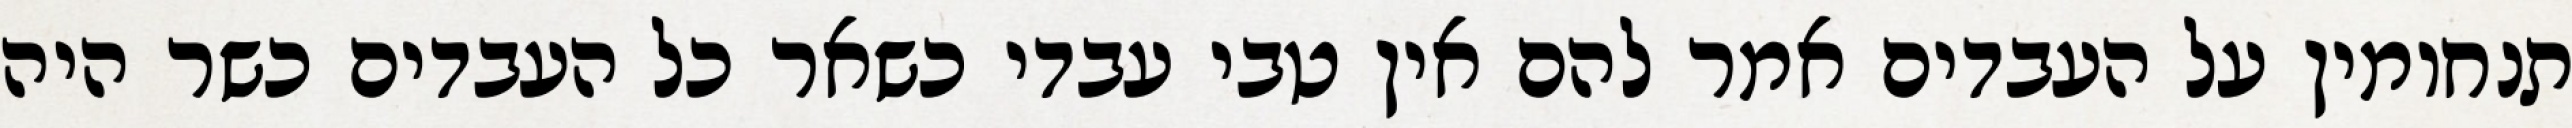
תנחומין על העבדים אמר להם אין טבי עבדי כשאר כל העבדים כשר היה